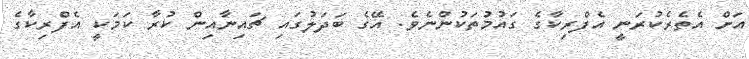
އަށް އެތެރެކުރަނީ އެފްރިކާގެ ގައުމުތަކުންނެވެ. އޭގެ ބަދަލުގައި ޗައިނާއިން ކުރާ ކަމަކީ އެފްރިކާގެ